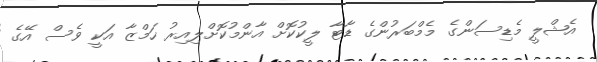
އެޝްލީ މެޑިސަންގެ މެމްބަރުންގެ ޑާޓާ ލީކުކޮށް އާންމުކޮށްލިއިރު ހަމްޒާ އަކީ ވެސް އޭގެ